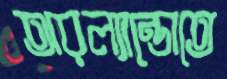
অরল্যান্ডোতে